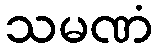
သမဏံ